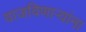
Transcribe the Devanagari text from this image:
वाजविणार्‍यांना